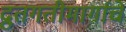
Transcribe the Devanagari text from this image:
द्रुतगतीमार्गाचे